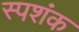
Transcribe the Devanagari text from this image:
स्पशंक